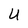
Character: U